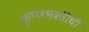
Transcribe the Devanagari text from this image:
कृष्णभक्तीची